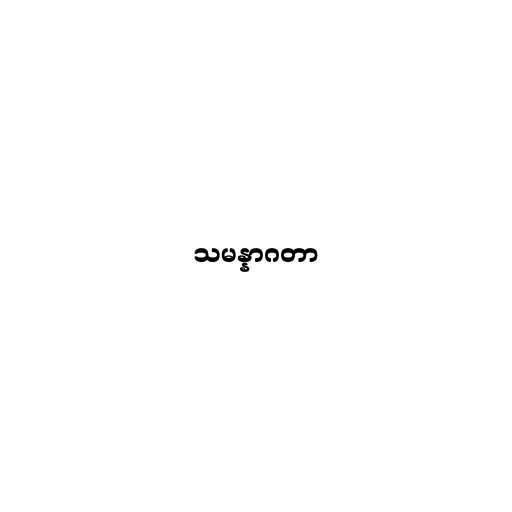
သမန္နာဂတာ